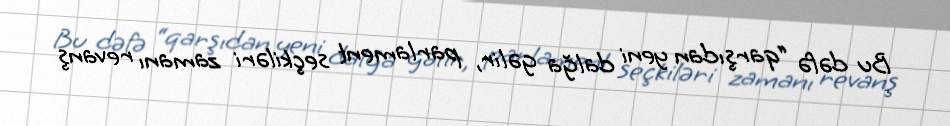
Bu dəfə “qarşıdan yeni dalğa gəlir, parlament seçkiləri zamanı revanş